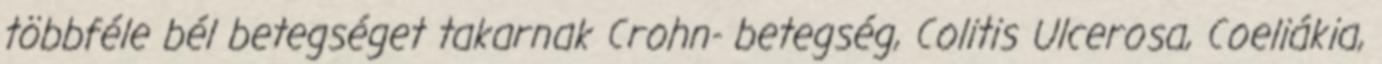
többféle bél betegséget takarnak Crohn- betegség, Colitis Ulcerosa, Coeliákia,